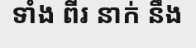
ទាំង ពីរ នាក់ នឹង